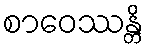
စာဝေဿန္တိ